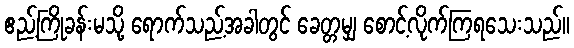
ဧည့်ကြိုခန်းမသို့ ရောက်သည့်အခါတွင် ခေတ္တမျှ စောင့်လိုက်ကြရသေးသည်။